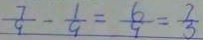
\frac { 7 } { 9 } - \frac { 1 } { 9 } = \frac { 6 } { 9 } = \frac { 7 } { 3 }